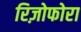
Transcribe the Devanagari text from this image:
रिज़ोफोरा